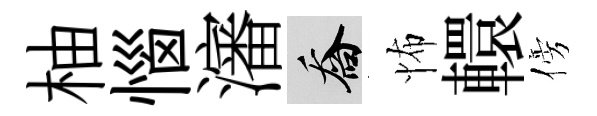
柚惱瀋喬怖轘傍